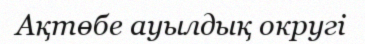
Ақтөбе ауылдық округі